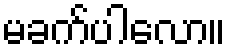
မခက်ပါလော။